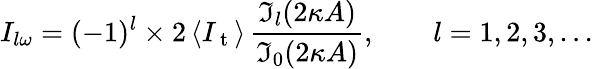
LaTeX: I_{l\omega}=(-1)^{l}\times 2\, \langle I_{\mathrm{~t~}}\rangle\, \frac{\mathfrak{I}_{l}(2\kappa A)}{\mathfrak{I}_{0}(2\kappa A)},\qquad l=1,2,3,...